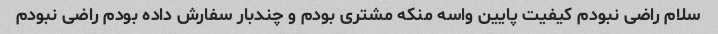
سلام راضی نبودم کیفیت پایین واسه منکه مشتری بودم و چندبار سفارش داده بودم راضی نبودم